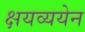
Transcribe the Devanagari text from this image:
क्षयव्ययेन